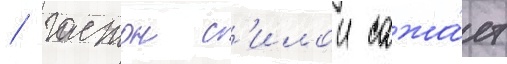
/ гастон с'илои сажа́ет